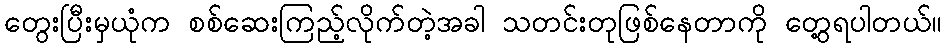
တွေးပြီးမှယုံက စစ်ဆေးကြည့်လိုက်တဲ့အခါ သတင်းတုဖြစ်နေတာကို တွေ့ရပါတယ်။